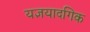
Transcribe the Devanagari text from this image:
यज्ञयादगिक